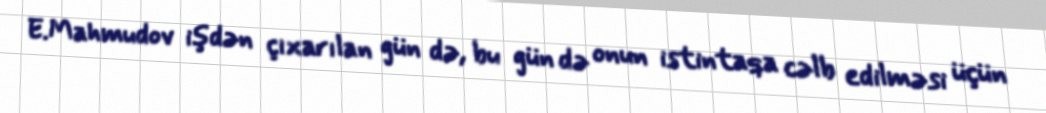
E.Mahmudov işdən çıxarılan gün də, bu gün də onun istintaqa cəlb edilməsi üçün